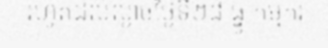
រហូតដល់ល្ងាចថ្ងៃទី២៨ ធ្នូ កម្មករ